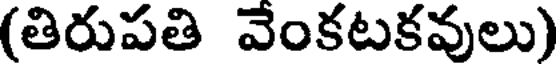
(తిరుపతి వేంకటకవులు)